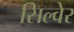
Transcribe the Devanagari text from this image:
सिल्वेर